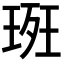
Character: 𭹚